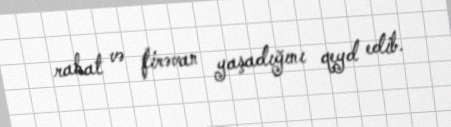
rahat və firəvan yaşadığını qeyd edib.